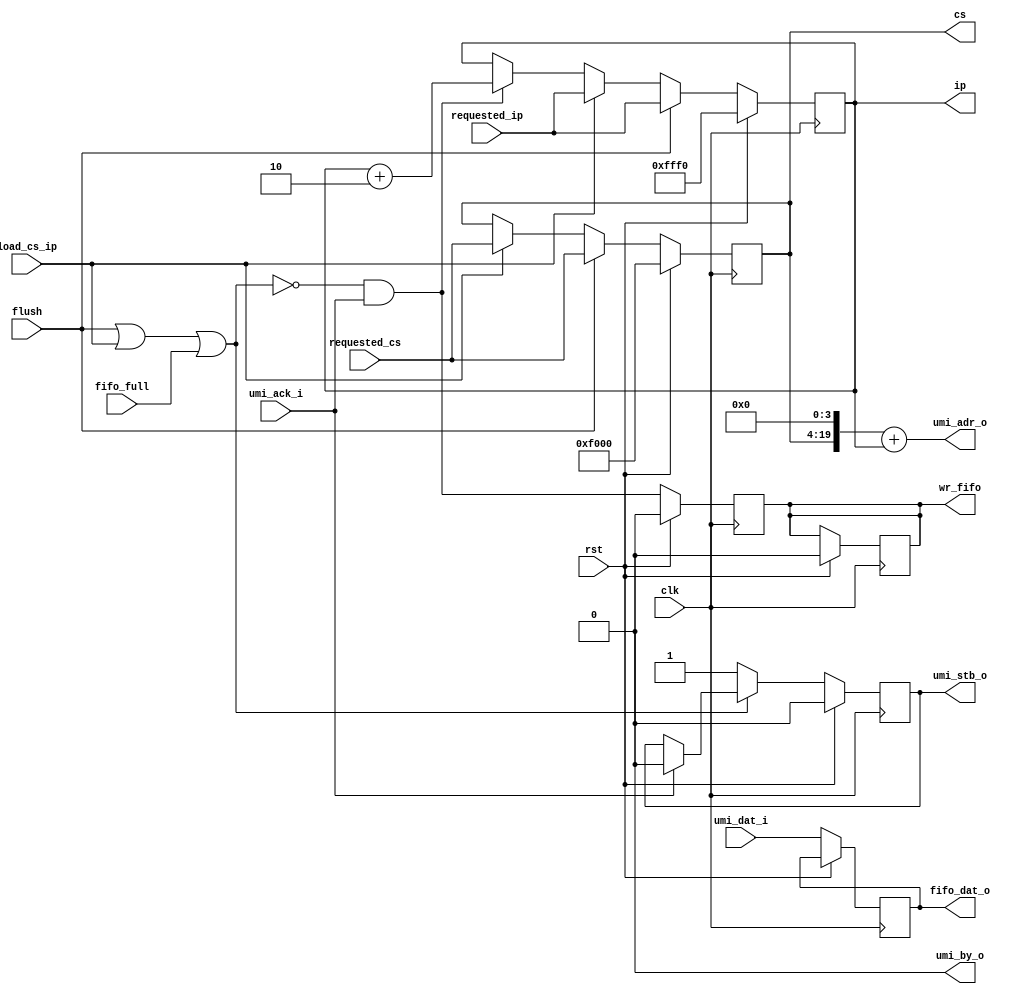
module zet_front_prefetch_umi (
  // common signals
  input             clk,
  input             rst,

  // UMI master interface - fetch
  output     [19:0] umi_adr_o,
  input      [15:0] umi_dat_i,
  output reg        umi_stb_o,
  output            umi_by_o,
  input             umi_ack_i,

  // Invalidate current fetch cycle
  input             flush,

  // Address stearing from back-end
  input             load_cs_ip,
  input      [15:0] requested_cs,
  input      [15:0] requested_ip,

  // Output to instruction fifo stage
  output reg [15:0] cs,
  output reg [15:0] ip,
  output reg [15:0] fifo_dat_o,
  output reg        wr_fifo,
  input             fifo_full
);

// Registers and nets

wire stalled;

// Continuous assignments

// The flush, load_cs_ip and fifo_full signals will cause the fetch to be stalled
// Any other time, it should be ok to start another fetch cycle
assign stalled = flush || load_cs_ip || fifo_full;

// Calculate address for wb_adr_o
assign umi_adr_o = (cs << 4) + ip;

// We are always fetching two bytes at a time
assign umi_by_o = 1'b0;

// behaviour

// cs and ip logic
always @(posedge clk)
  if (rst) begin
    cs <= 16'hf000;
    ip <= 16'hfff0;
  end
  else begin
    if (flush) begin
      cs <= requested_cs;
      ip <= requested_ip;
    end
    else if (load_cs_ip) begin
        cs <= requested_cs;
        ip <= requested_ip;
    end
    else if (!stalled & umi_ack_i)
        ip <= ip + 2; 
  end

// wb_stb_o
// When a stall condition is encountered at or during wb strobe,
// follow through until wishbone cycle completes. This essentially forces one
// complete wb cycle before the stall condition is acknowledge.
always @(posedge clk)
  if (rst) umi_stb_o <= 1'b0;
  else umi_stb_o <= !stalled ? 1'b1 : (umi_ack_i ? 1'b0 : umi_stb_o);

// write fifo
always @(posedge clk)
  if (rst) wr_fifo <= 1'b0;
  else wr_fifo <= (!stalled & umi_ack_i);

// Pass wishbone data to fifo
always @(posedge clk)
  if (rst) wr_fifo <= 1'b0;
  else fifo_dat_o <= umi_dat_i;

endmodule